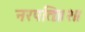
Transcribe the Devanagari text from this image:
नरपतिः॥२॥